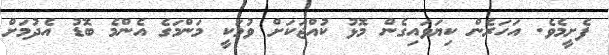
ފެށީމެވެ. އަހަރެން ކިޔަވައިގެން މޮޅު ކުއްޖަކަށް ވުމަކީ މަންމަގެ އެންމެ ބޮޑު އެދުމަށް